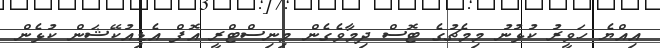
އިއްޔެ ހަވީރު ކުޅުނު މިމެޗުގެ ޓޮސް ދިމާވެގެން މިނިސްޓްރީ އޮފް އެޑިއުކޭޝަން ކުޅެން